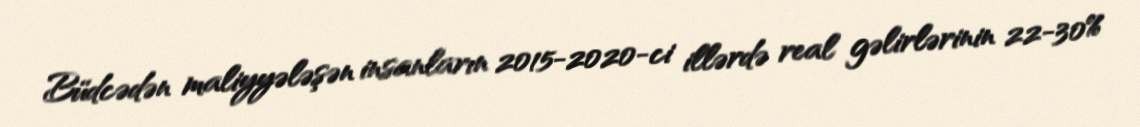
Büdcədən maliyyələşən insanların 2015-2020-ci illərdə real gəlirlərinin 22-30%